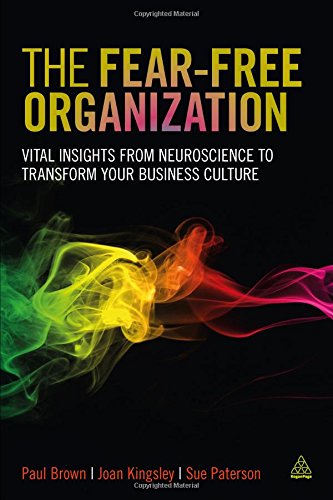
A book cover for The Fear-free Organization: Vital Insights from Neuroscience to Transform Your Business Culture; Paul Brown; Medical Books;